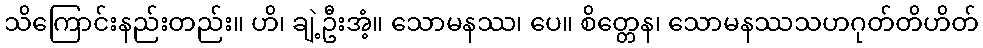
သိကြောင်းနည်းတည်း။ ဟိ၊ ချဲ့ဦးအံ့။ သောမနဿ၊ ပေ။ စိတ္တေန၊ သောမနဿသဟဂုတ်တိဟိတ်